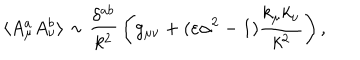
\langle A _ { \mu } ^ { a } A _ { \nu } ^ { b } \rangle \sim { \frac { \delta ^ { a b } } { k ^ { 2 } } } \left( g _ { \mu \nu } + ( \varepsilon \alpha ^ { 2 } - 1 ) { \frac { k _ { \mu } k _ { \nu } } { k ^ { 2 } } } \right) ,